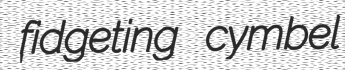
fidgeting cymbel